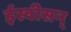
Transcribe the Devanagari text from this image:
ईस्वीसन्